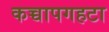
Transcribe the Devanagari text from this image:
कच्चापगहटा